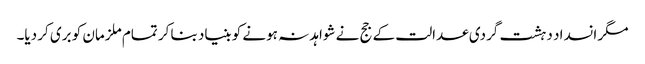
مگر انسداد دہشت گردی عدالت کے جج نے شواہد نہ ہونے کو بنیاد بنا کر تمام ملزمان کو بری کر دیا۔